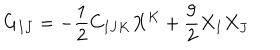
G _ { I J } = - { \frac { 1 } { 2 } } C _ { I J K } X ^ { K } + { \frac { 9 } { 2 } } X _ { I } X _ { J }